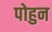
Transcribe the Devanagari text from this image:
पोहुन